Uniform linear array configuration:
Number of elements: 8
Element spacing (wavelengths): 0.5
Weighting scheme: kaiser
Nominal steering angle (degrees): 45
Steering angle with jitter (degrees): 44.876
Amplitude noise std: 0.05
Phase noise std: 0.05

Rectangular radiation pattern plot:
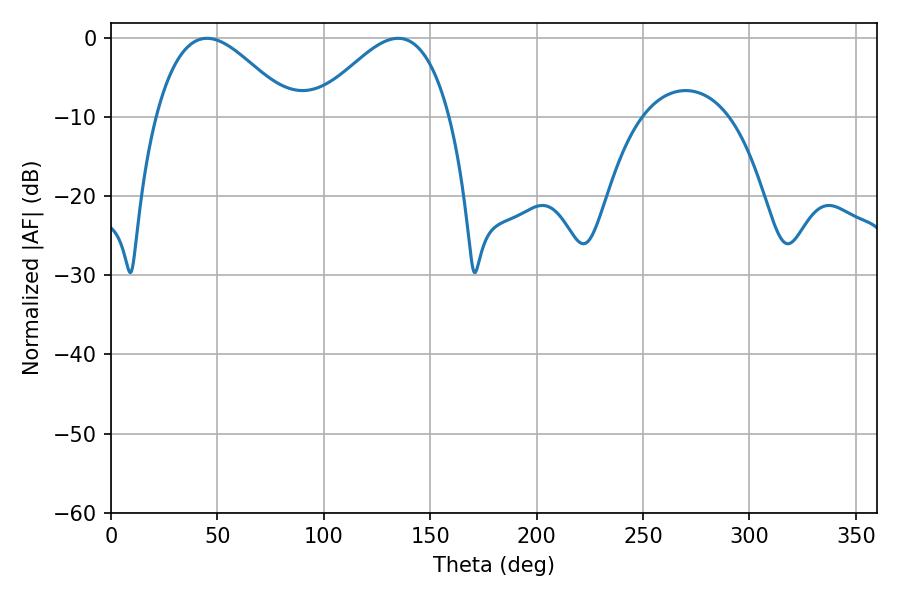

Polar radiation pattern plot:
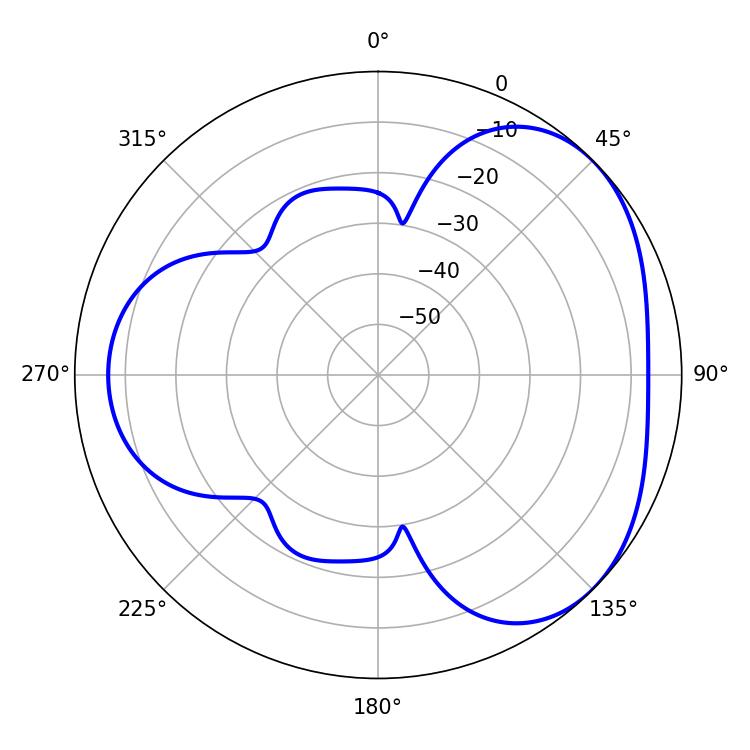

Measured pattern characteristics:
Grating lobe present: FALSE
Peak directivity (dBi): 3.712
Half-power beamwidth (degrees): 34.38
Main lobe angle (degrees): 45.18